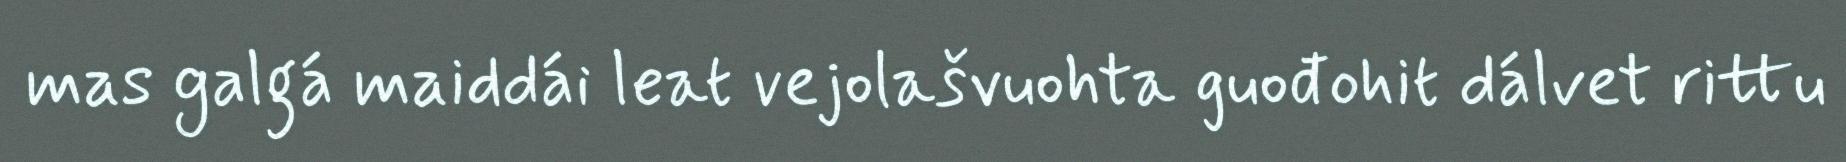
mas galgá maiddái leat vejolašvuohta guođohit dálvet rittu